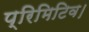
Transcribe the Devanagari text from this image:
प्रिमिटिव।